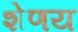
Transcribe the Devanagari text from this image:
शेणय